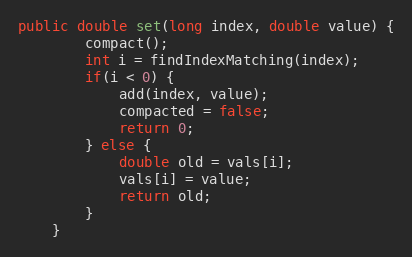
Language: Java
public double set(long index, double value) {
        compact();
        int i = findIndexMatching(index);
        if(i < 0) {
            add(index, value);
            compacted = false;
            return 0;
        } else {
            double old = vals[i];
            vals[i] = value;
            return old;
        }
    }